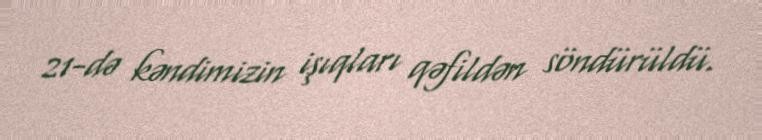
21-də kəndimizin işıqları qəfildən söndürüldü.